Annual report of the Punjab Veterinary College and of the Civil Veterinary Department, Punjab - 1909-1919
Year: 1909
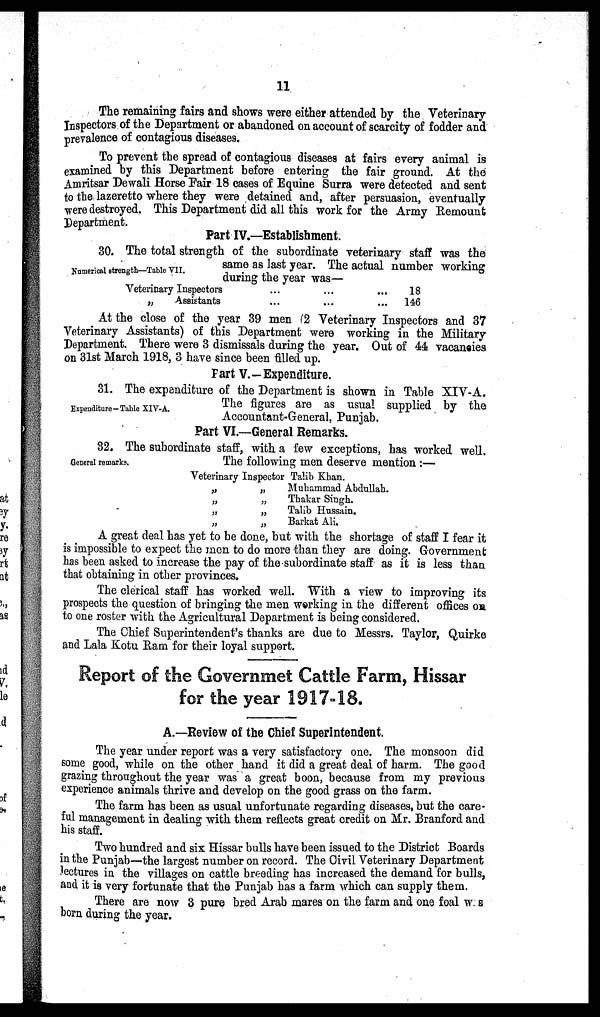
11
The remaining fairs and shows were either attended by the Veterinary
Inspectors of the Department or abandoned on account of scarcity of fodder and
prevalence of contagious diseases.
To prevent the spread of contagious diseases at fairs every animal is
examined by this Department before entering the fair ground. At the
Amritsar Dewali Horse Fair 18 cases of Equine Surra were detected and sent
to the lazeretto where they were detained and, after persuasion, eventually
were destroyed, This Department did all this work for the Army Remount
Department.
Part IV.—Establishment.
Numerical strength—Table VII.
30. The total strength of the subordinate veterinary staff was the
same as last year. The actual number working
during the year was—
Veterinary Inspectors
„
Assistants
...
...
...
...
...
...
18
146
At the close of the year 39 men (2 Veterinary Inspectors and 37
Veterinary Assistants) of this Department were working in the Military
Department. There were 3 dismissals during the year. Out of 44 vacancies
on 31st March 1918, 3 have since been filled up.
Part V.-Expenditure.
Expenditure-Table XIV-A.
31. The expenditure of the Department is shown in Table XIV-A.
The figures are as usual supplied by the
Accountant-General, Punjab.
Part VI.—General Remarks.
General remarks.
32. The subordinate staff, with a few exceptions, has worked well.
The following men deserve mention :—
Veterinary Inspector
„ „
„ „
„ „
„ „
Talib Khan.
Muhammad Abdullah.
Thakar Singh.
Talib Hussain.
Barkat Ali.
A great deal has yet to be done, but with the shortage of staff I fear it
is impossible to expect the men to do more than they are doing. Government
has been asked to increase the pay of the subordinate staff as it is less than
that obtaining in other provinces.
The clerical staff has worked well. With a view to improving its
prospects the question of bringing the men working in the different offices on
to one roster with the Agricultural Department is being considered.
The Chief Superintendent's thanks are due to Messrs. Taylor, Quirke
and Lala Kotu Ram for their loyal support.
Report of the Governmet Cattle Farm, Hissar
for the year 1917-18.
A.—Review of the Chief Superintendent.
The year under report was a very satisfactory one. The monsoon did
some good, while on the other hand it did a great deal of harm. The good
grazing throughout the year was a great boon, because from my previous
experience animals thrive and develop on the good grass on the farm.
The farm has been as usual unfortunate regarding diseases, but the care-
ful management in dealing with them reflects great credit on Mr. Branford and
his staff.
Two hundred and six Hissar bulls have been issued to the District Boards
in the Punjab—the largest number on record. The Civil Veterinary Department
lectures in the villages on cattle breeding has increased the demand for bulls,
and it is very fortunate that the Punjab has a farm which can supply them.
There are now 3 pure bred Arab mares on the farm and one foal w s
born during the year.